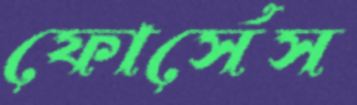
ফোর্সেস